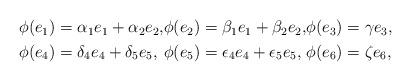
LaTeX: \begin{align*}\begin{alignedat}{3} \phi(e_1) &= \alpha_1 e_1 + \alpha_2 e_2, &\phi(e_2) &= \beta_1 e_1 + \beta_2 e_2, &\phi(e_3) &= \gamma e_3 , \\ \phi(e_4) &= \delta_4 e_4 + \delta_5 e_5, &\phi(e_5) &= \epsilon_4 e_4 + \epsilon_5 e_5, &\phi(e_6) &= \zeta e_6 ,\end{alignedat}\end{align*}